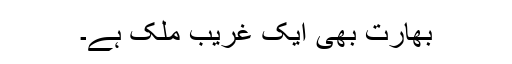
بھارت بھی ایک غریب ملک ہے۔